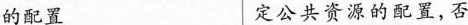
的配置定公共资源的配置，否